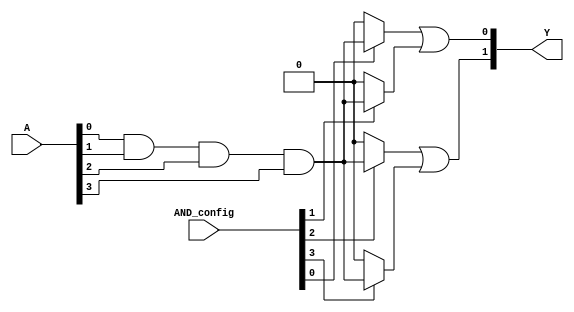
module SPAL #(
    parameter N = 4, // Number of inputs
    parameter P = 4, // Number of product terms
    parameter M = 2  // Number of outputs
)(
    input wire [N-1:0] A, // Input lines
    input wire [P-1:0] AND_config, // Configuration for AND array (1: connect, 0: disconnect)
    output wire [M-1:0] Y // Output lines
);

// Internal signals for product terms
wire [P-1:0] product_terms;

// Programmable AND array
genvar i, j;
generate
    for (i = 0; i < P; i = i + 1) begin : and_array
        wire [N-1:0] and_inputs;
        assign and_inputs = {A[N-1], A[N-2], A[N-3], A[N-4]}; // Connect inputs (can be modified for complements)
        
        // Generate product term based on configuration
        assign product_terms[i] = AND_config[i] ? (and_inputs[0] & and_inputs[1] & and_inputs[2] & and_inputs[3]) : 1'b0;
    end
endgenerate

// Fixed OR array
assign Y[0] = product_terms[0] | product_terms[1]; // Example OR configuration for output Y1
assign Y[1] = product_terms[2] | product_terms[3]; // Example OR configuration for output Y2

endmodule